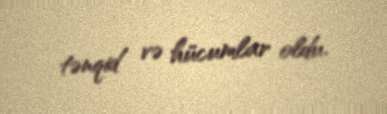
tənqid və hücumlar oldu.